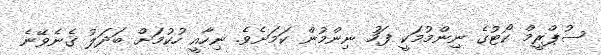
ސުޕްރީމް ކޯޓުގެ ނިންމުމަކީ ފަހު ނިންމުން ކަމަށެވެ. ނިހާއީ ހުކުމަށް ބަދަލު ގެނެވޭނެ